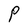
Character: P